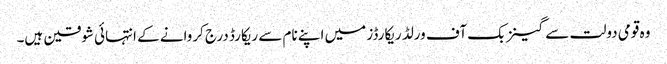
وہ قومی دولت سے گینز بک آف ورلڈ ریکارڈز میں اپنے نام سے ریکارڈ درج کروانے کے انتہائی شوقین ہیں۔